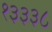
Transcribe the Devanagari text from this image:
१३३३८